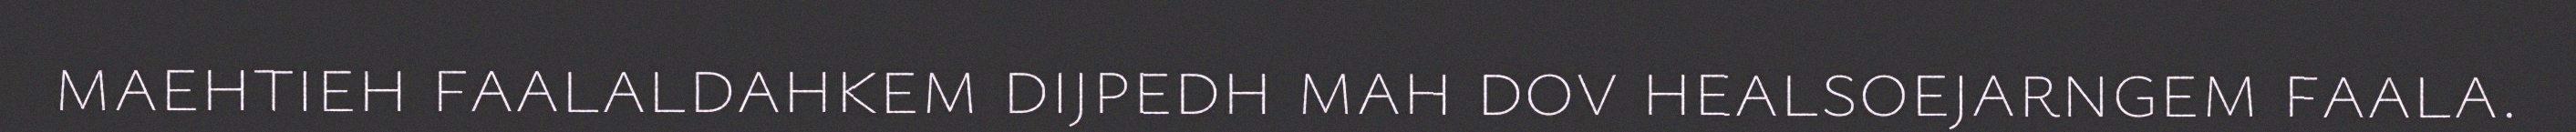
maehtieh faalaldahkem dijpedh mah dov healsoejarngem faala.